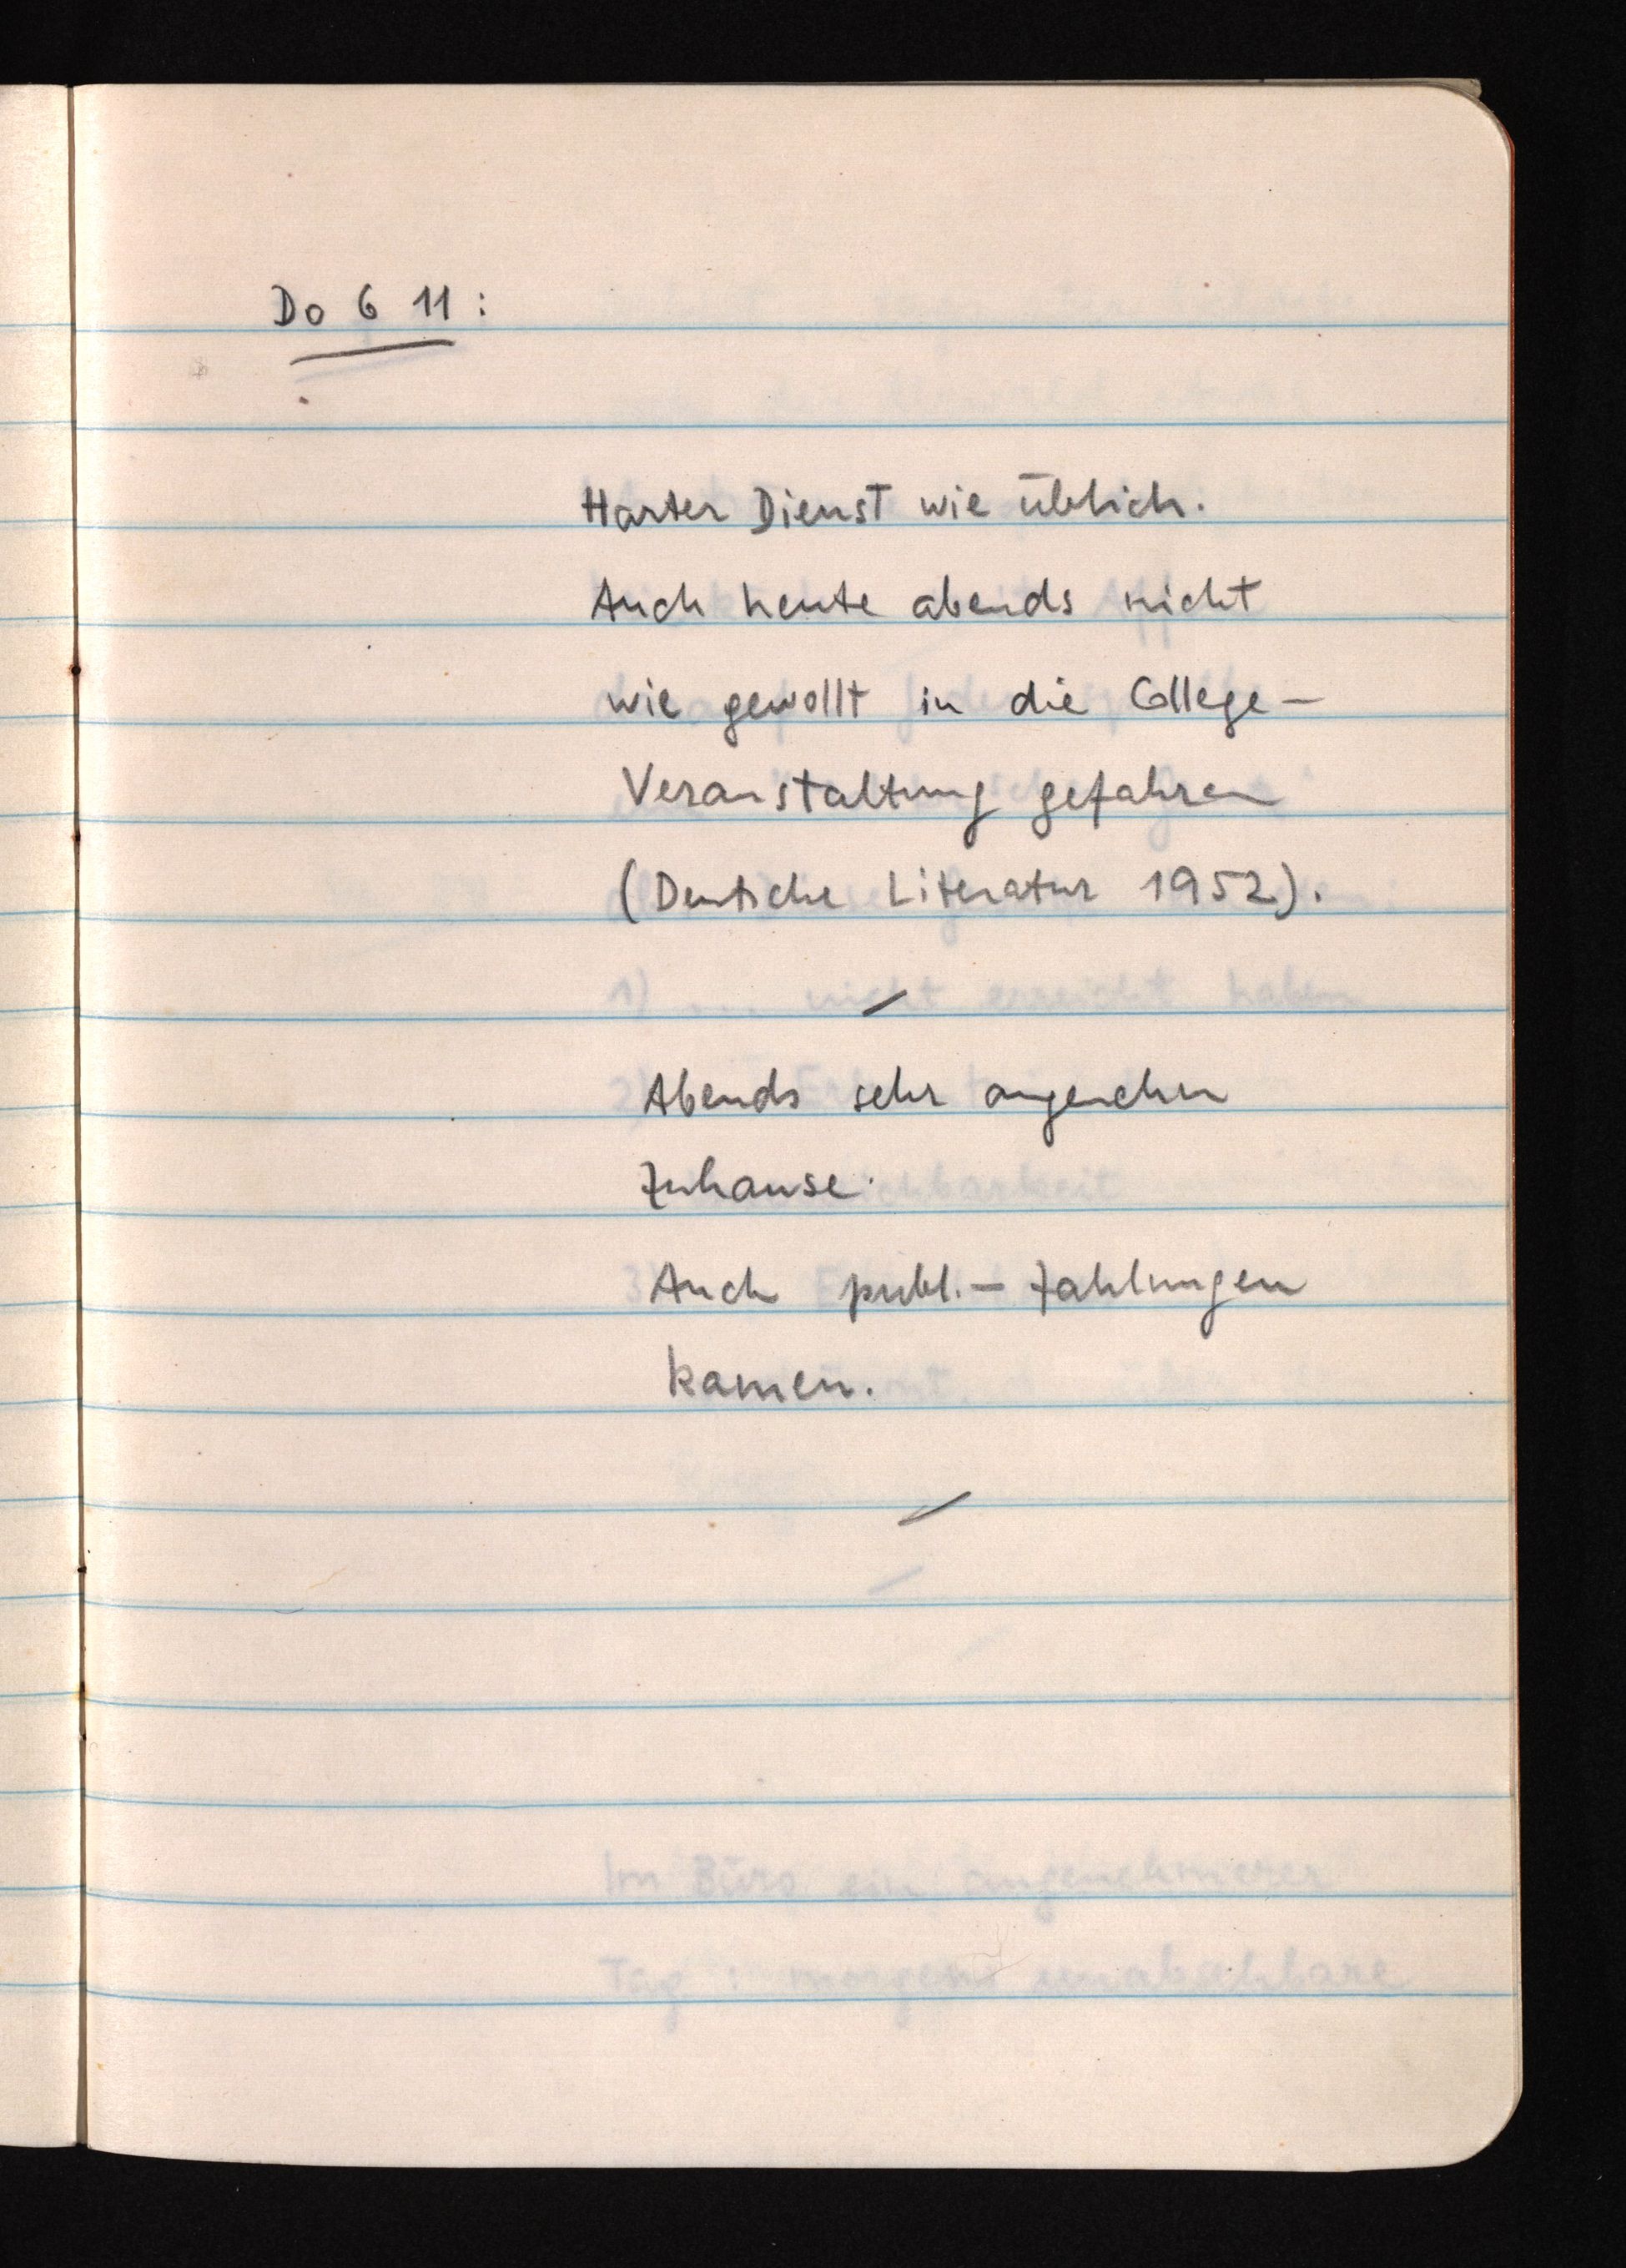
Do 6 11:
Harter Dienst wie üblich.
Auch heute abends nicht
wie gewollt in die College¬
Veranstaltung gefahren
(Deutsche Literatur 1952).
Abends sehr angenehm
zuhause.
Auch publ.-Zahlungen
kamen.